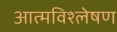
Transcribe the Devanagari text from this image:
आत्मविश्लेषण